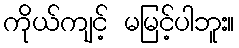
ကိုယ်ကျင့် မမြင့်ပါဘူး။